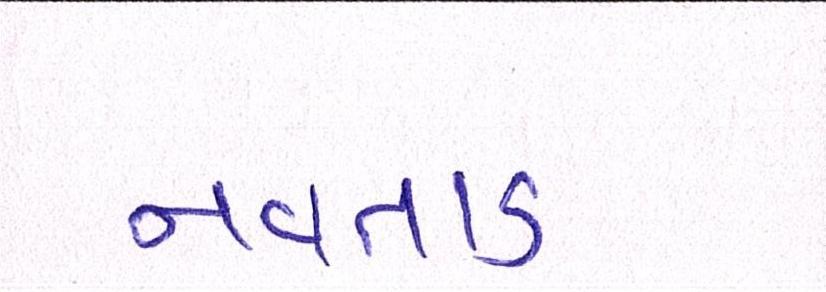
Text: નવતાડ